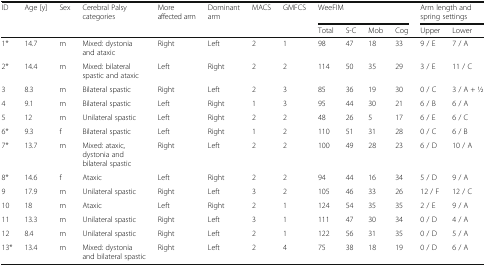
| <ROWSPAN=2> ID | <ROWSPAN=2> Age [y] | <ROWSPAN=2> Sex | <ROWSPAN=2> Cerebral Palsy categories | <ROWSPAN=2> More affected arm | <ROWSPAN=2> Dominant arm | <ROWSPAN=2> MACS | <ROWSPAN=2> GMFCS | <COLSPAN=4> WeeFIM | <COLSPAN=2> Arm length and spring settings |
 | Total | S-C | Mob | Cog | Upper | Lower |
 | --- | --- | --- | --- | --- | --- | --- | --- | --- | --- | --- | --- | --- | --- |
 | 1* | 14.7 | m | Mixed: dystonia and ataxic | Right | Left | 2 | 1 | 98 | 47 | 18 | 33 | 9 / E | 7 / A |
 | 2* | 14.4 | m | Mixed: bilateral spastic and ataxic | Left | Right | 2 | 2 | 114 | 50 | 35 | 29 | 3 / E | 11 / C |
 | 3 | 8.3 | m | Bilateral spastic | Right | Left | 2 | 3 | 85 | 36 | 19 | 30 | 0 / C | 3 / A + 1⁄2 |
 | 4 | 9.1 | m | Bilateral spastic | Left | Right | 1 | 3 | 95 | 44 | 30 | 21 | 6 / B | 6 / A |
 | 5 | 12 | m | Unilateral spastic | Left | Right | 2 | 2 | 48 | 26 | 5 | 17 | 6 / E | 6 / C |
 | 6* | 9.3 | f | Bilateral spastic | Left | Right | 1 | 2 | 110 | 51 | 31 | 28 | 0 / C | 6 / B |
 | 7* | 13.7 | m | Mixed: ataxic, dystonia and bilateral spastic | Right | Left | 2 | 2 | 100 | 49 | 28 | 23 | 6 / D | 10 / A |
 | 8* | 14.6 | f | Ataxic | Left | Right | 2 | 2 | 94 | 44 | 16 | 34 | 5 / D | 9 / A |
 | 9 | 17.9 | m | Unilateral spastic | Right | Left | 3 | 2 | 105 | 46 | 33 | 26 | 12 / F | 12 / C |
 | 10 | 18 | m | Ataxic | Left | Right | 2 | 1 | 124 | 54 | 35 | 35 | 2 / E | 9 / A |
 | 11 | 13.3 | m | Unilateral spastic | Right | Left | 3 | 1 | 111 | 47 | 30 | 34 | 0 / D | 4 / A |
 | 12 | 8.4 | m | Unilateral spastic | Right | Left | 2 | 1 | 122 | 56 | 31 | 35 | 0 / D | 5 / A |
 | 13* | 13.4 | m | Mixed: dystonia and bilateral spastic | Right | Left | 2 | 4 | 75 | 38 | 18 | 19 | 0 / D | 6 / A |